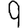
Digit: 9